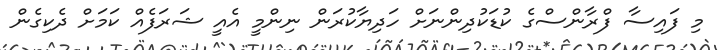
މި ފައިސާ ފްރާންސްގެ ކުޑަކުދިންނަށް ހަދިޔާކުރަން ނިންމީ އެއީ ޝަރަފެއް ކަމަށް ދެކިގެން